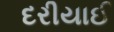
દરીયાઈ